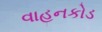
વાહનકોડ